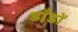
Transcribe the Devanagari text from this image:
डाँडों